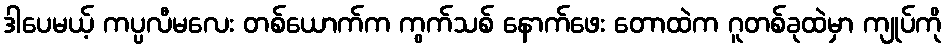
ဒါပေမယ့် ကပ္ပလီမလေး တစ်ယောက်က ကွက်သစ် နောက်ဖေး တောထဲက ဂူတစ်ခုထဲမှာ ကျုပ်ကို